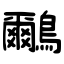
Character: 鸍